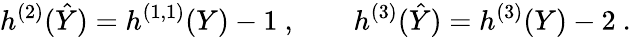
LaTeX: h^{(2)}(\hat{Y})=h^{(1,1)}(Y)-1\ ,\qquad h^{(3)}(\hat{Y})=h^{(3)}(Y)-2\ .